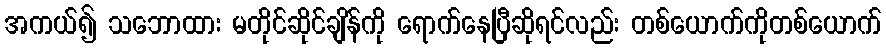
အကယ်၍ သဘောထား မတိုင်ဆိုင်ချိန်ကို ရောက်နေပြီဆိုရင်လည်း တစ်ယောက်ကိုတစ်ယောက်